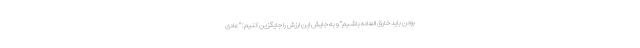
بودن باید خارق العاده باشیم" و به جایش این ارزش را جایگزین کنیم: "عادی